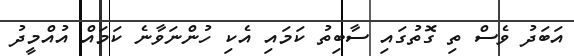
އަބަދު ވެސް ތި ގޮތުގައި ސާބިތު ކަމައި އެކި ހުންނަވާނެ ކަމައް އުއްމީދު